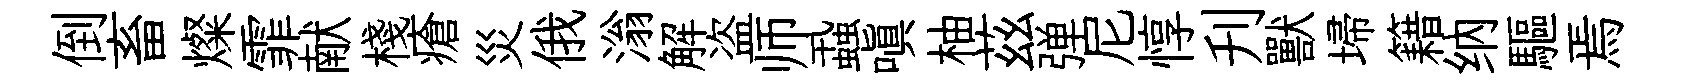
倒畜燦霏献棧瘡災俄滃解盗师蝨嗔柚茲弹尼惇刋獸埽籍纳驅焉